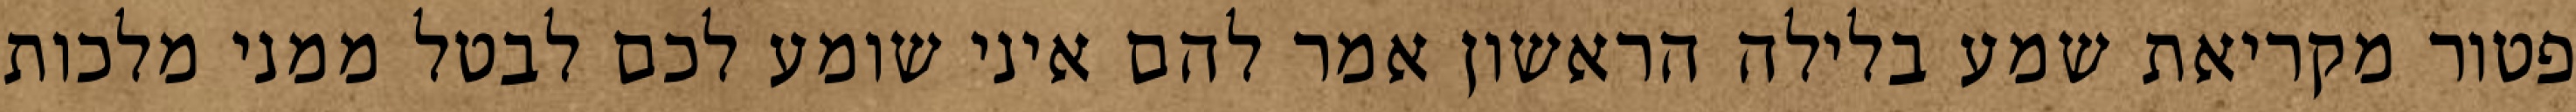
פטור מקריאת שמע בלילה הראשון אמר להם איני שומע לכם לבטל ממני מלכות